Leaving Certificate Examination, 1903
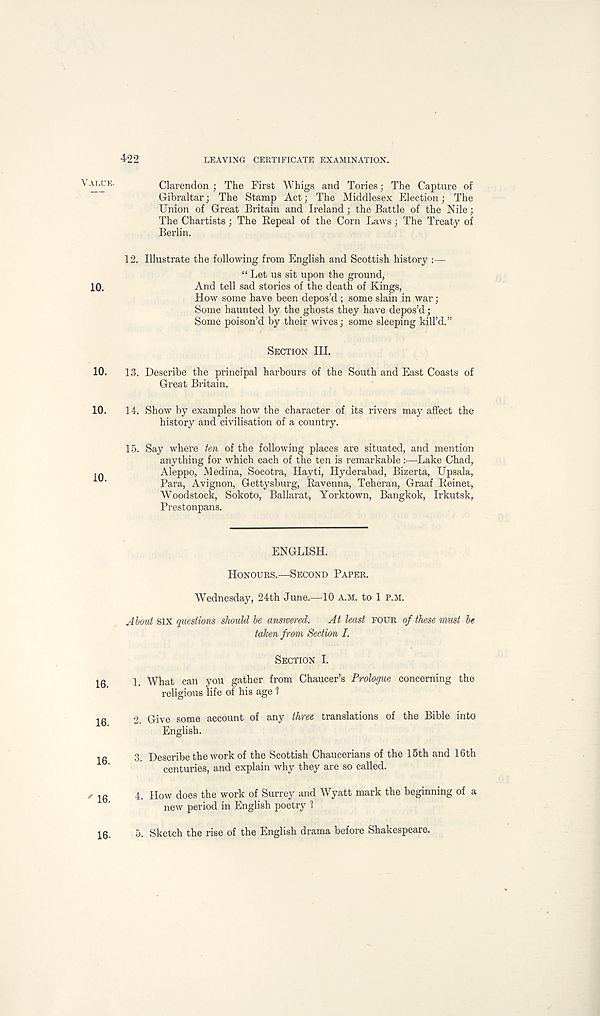
422
LEAVING CERTIFICATE EXAMINATION.
10.
10.
10.
10.
Clarendon ; The First Whigs and Tories; The Capture of
Gibraltar; The Stamp Act • The Middlesex Election; The
Union of Great Britain and Ireland; the Battle of the Nile;
The Chartists; The Repeal of the Corn Laws; The Treaty of
Berlin.
12. Illustrate the following from English and Scottish history :—
“ Let us sit upon the ground,
And tell sad stories of the death of Kings,
How some have been depos’d ; some slain in war;
Some haunted by the ghosts they have depos’d;
Some poison’d by their wives; some sleeping kill’d.”
SECTION III.
13. Describe the principal harbours of the South and East Coasts of
Great Britain.
14. Show by examples how the character of its rivers may affect the
history and civilisation of a country.
15. Say where ten of the following places are situated, and mention
anything for which each of the ten is remarkable :—Lake Chad,
Aleppo, Medina, Socotra, Hayti, Hyderabad, Bizerta, Upsala,
Para, Avignon, Gettysburg, Ravenna, Teheran, Graaf Reinet,
Woodstock, Sokoto, Ballarat, Yorktown, Bangkok, Irkutsk,
Prestonpans.
ENGLISH.
HONOURS.—SECOND PAPER.
Wednesday, 24th June.—10 A.M. to 1 P.M.
About six questions should be answered.
At least FOUR of these must be
taken from Section I.
SECTION I.
1 What can you gather from Chaucer’s Prologue concerning the
religious life of his age 1
2. Give some account of any three translations of the Bible into
English.
3. Describe the work of the Scottish Chaucerians of the 15th and 16th
centuries, and explain why they are so called.
4. How does the work of Surrey and Wyatt mark the beginning of a
new period in English poetry 1
5. Sketch the rise of the English drama before Shakespeare.
16.